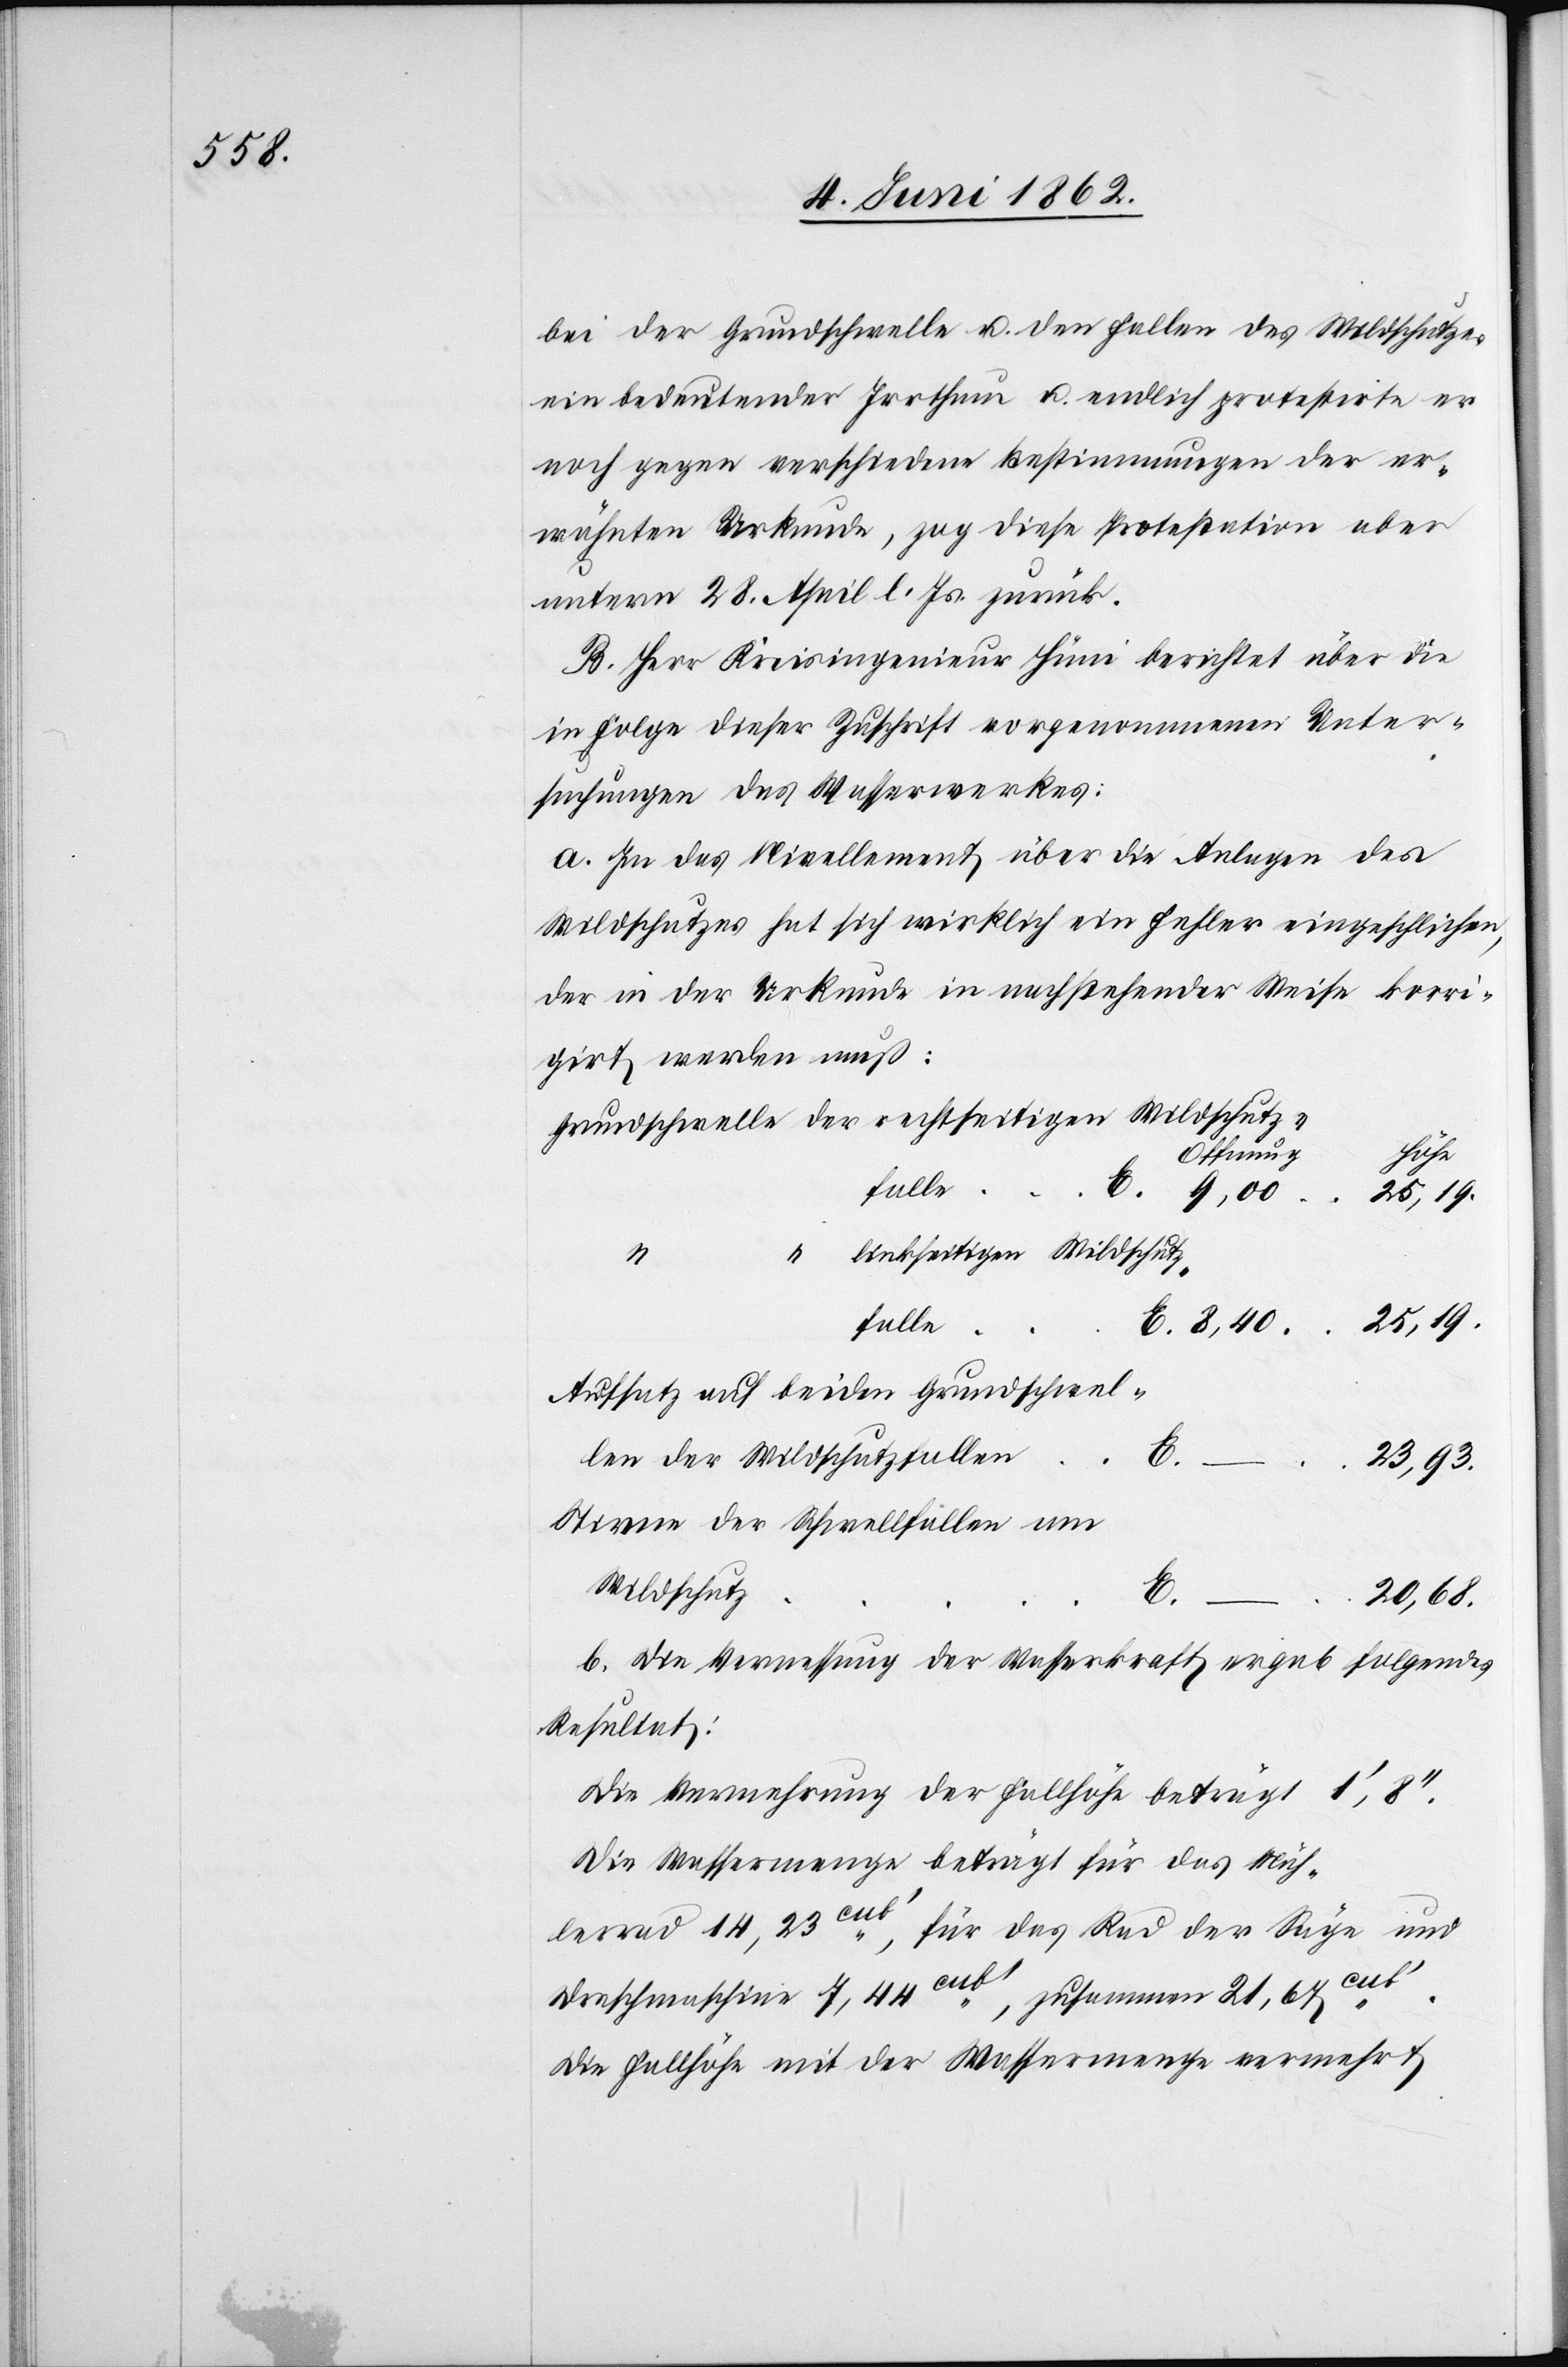
bei der Grundschwelle u. den Fallen des Wildschutzes
ein bedeutender Irrthum u. endlich protestirte er
noch gegen verschiedene Bestimmungen der er¬
wähnten Urkunde, zog dies Protestation aber
unterm 28. April l. Js. zurück.
B. Herr Kreisingenieur Hüni berichtet über die
in Folge dieser Zuschrift vorgenommenen Unter¬
suchungen des Wasserwerkes:
a. In das Nivellement über die Anlagen des
Wildschutzes hat sich wirklich ein Fehler eingeschlichen,
der in der Urkunde in nachstehender Weise korri¬
girt werden muß:
Höhe
Offnung
ub’.
fallen
“
linkseitigen Wildschutz¬
hwelle
Aufsatz auf beiden Grundschwel¬
len der Wildschutzfallen
E.
23,93.
Stirne der Schwellfällen am
Wildschatz
E.
20,68.
b. Die Vermessung der Wasserkraft ergab folgendes
Resultat:
Die Vermehrung der Fallhöhe beträgt 1’,8’’.
Die Wassermenge beträgt für das Müh¬
lerad 14,23cub’, für das Rad der Säge und
Dreschmaschine 7,44cub’,
zusammen 21,67c¬
Die Fallhöhe mit der Wassermenge vermehrt